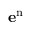
\mathbf { e } ^ { \mathrm { { n } } }